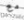
مع